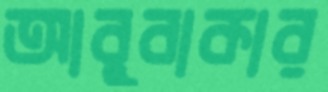
আবুবাকার